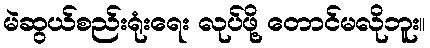
မဲဆွယ်စည်းရုံးရေး လုပ်ဖို့ တောင်မလိုဘူး။